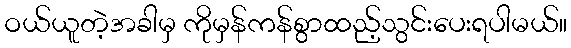
ဝယ်ယူတဲ့အခါမှ ကိုမှန်ကန်စွာထည့်သွင်းပေးရပါမယ်။